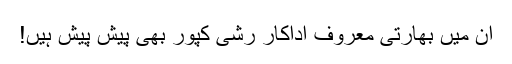
ان میں بھارتی معروف اداکار رشی کپور بھی پیش پیش ہیں!